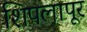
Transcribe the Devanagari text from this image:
शिपलापूर